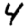
Digit: 4